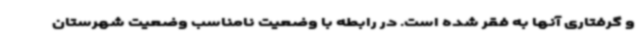
و گرفتاری آنها به فقر شده است. در رابطه با وضعیت نامناسب وضعیت شهرستان